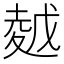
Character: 𡏜